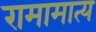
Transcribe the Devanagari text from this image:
रामामात्य